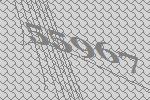
55967